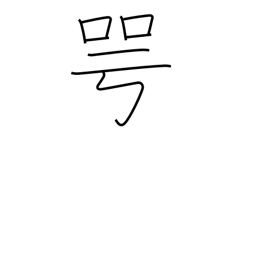
Meaning: outspokenly